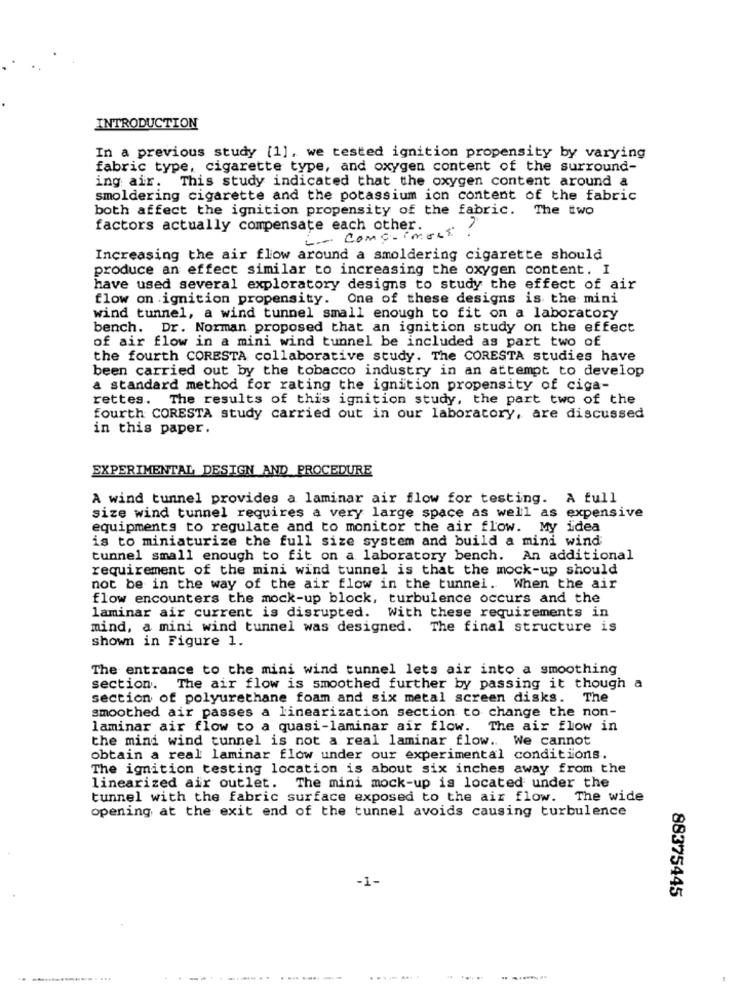
INTRODUCTION
In a previous study [1], we tested ignition propensity by varying
fabric type, cigarette type, and oxygen content of the surround-
ing air. This study indicated that the oxygen content around a
smoldering cigarette and the potassium ion content of the fabric
both affect the ignition propensity of the fabric. The two
factors actually compensate each other.
-.- Comp-imolt.
Increasing the air flow around a smoldering cigarette should
produce an effect similar to increasing the oxygen content. I
have used several exploratory designs to study the effect of air
flow on ignition propensity. One of these designs is the mini
wind tunnel, a wind tunnel small enough to fit on a laboratory
bench. Dr. Norman proposed that an ignition study on the effect
of air flow in a mini wind tunnel be included as part two of
the fourth CORESTA collaborative study. The CORESTA studies have
been carried out by the tobacco industry in an attempt to develop
a standard method for rating the ignition propensity of ciga-
rettes. The results of this ignition study, the part two of the
fourth CORESTA study carried out in our laboratory, are discussed
in this paper.
EXPERIMENTAL DESIGN AND PROCEDURE
A wind tunnel provides a laminar air flow for testing. A full
size wind tunnel requires a very large space as well as expensive
equipments to regulate and to monitor the air flow. My idea
is to miniaturize the full size system and build a mini wind
tunnel small enough to fit on a laboratory bench. An additional
requirement of the mini wind tunnel is that the mock-up should
not be in the way of the air flow in the tunnel. When the air
flow encounters the mock-up block, turbulence occurs and the
laminar air current is disrupted. With these requirements in
mind, a mini wind tunnel was designed. The final structure is
shown in Figure 1.
The entrance to the mini wind tunnel lets air into a smoothing
section. The air flow is smoothed further by passing it though a
section of polyurethane foam and six metal screen disks. The
smoothed air passes a linearization section to change the non-
laminar air flow to a quasi-laminar air flow. The air flow in
the mini wind tunnel is not a real laminar flow. We cannot
obtain a real laminar flow under our experimental conditions.
The ignition testing location is about six inches away from the
linearized air outlet. The mini mock-up is located under the
tunnel with the fabric surface exposed to the air flow. The wide
opening at the exit end of the tunnel avoids causing turbulence
-1-
88375445
---- --